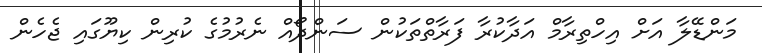
މަންޑޭލާ އަށް އިހްތިރާމް އަދާކުރާ ފަރާތްތަކުން ސަންދޯއް ނެރުމުގެ ކުރިން ކިޔޫގައި ޖެހެން